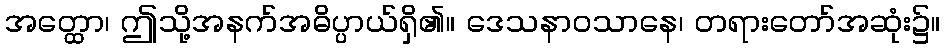
အတ္ထော၊ ဤသို့အနက်အဓိပ္ပာယ်ရှိ၏။ ဒေသနာဝသာနေ၊ တရားတော်အဆုံး၌။